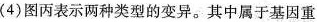
(4)图丙表示两种类型的变异。其中属于基因重